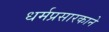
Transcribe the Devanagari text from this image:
धर्मप्रसारकाने